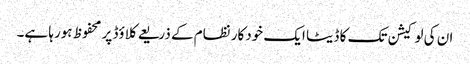
ان کی لوکیشن تک کا ڈیٹا ایک خودکار نظام کے ذریعے کلاؤڈ پر محفوظ ہورہا ہے۔